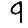
Digit: 9